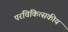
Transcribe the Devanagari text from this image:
परचिकित्सकीय